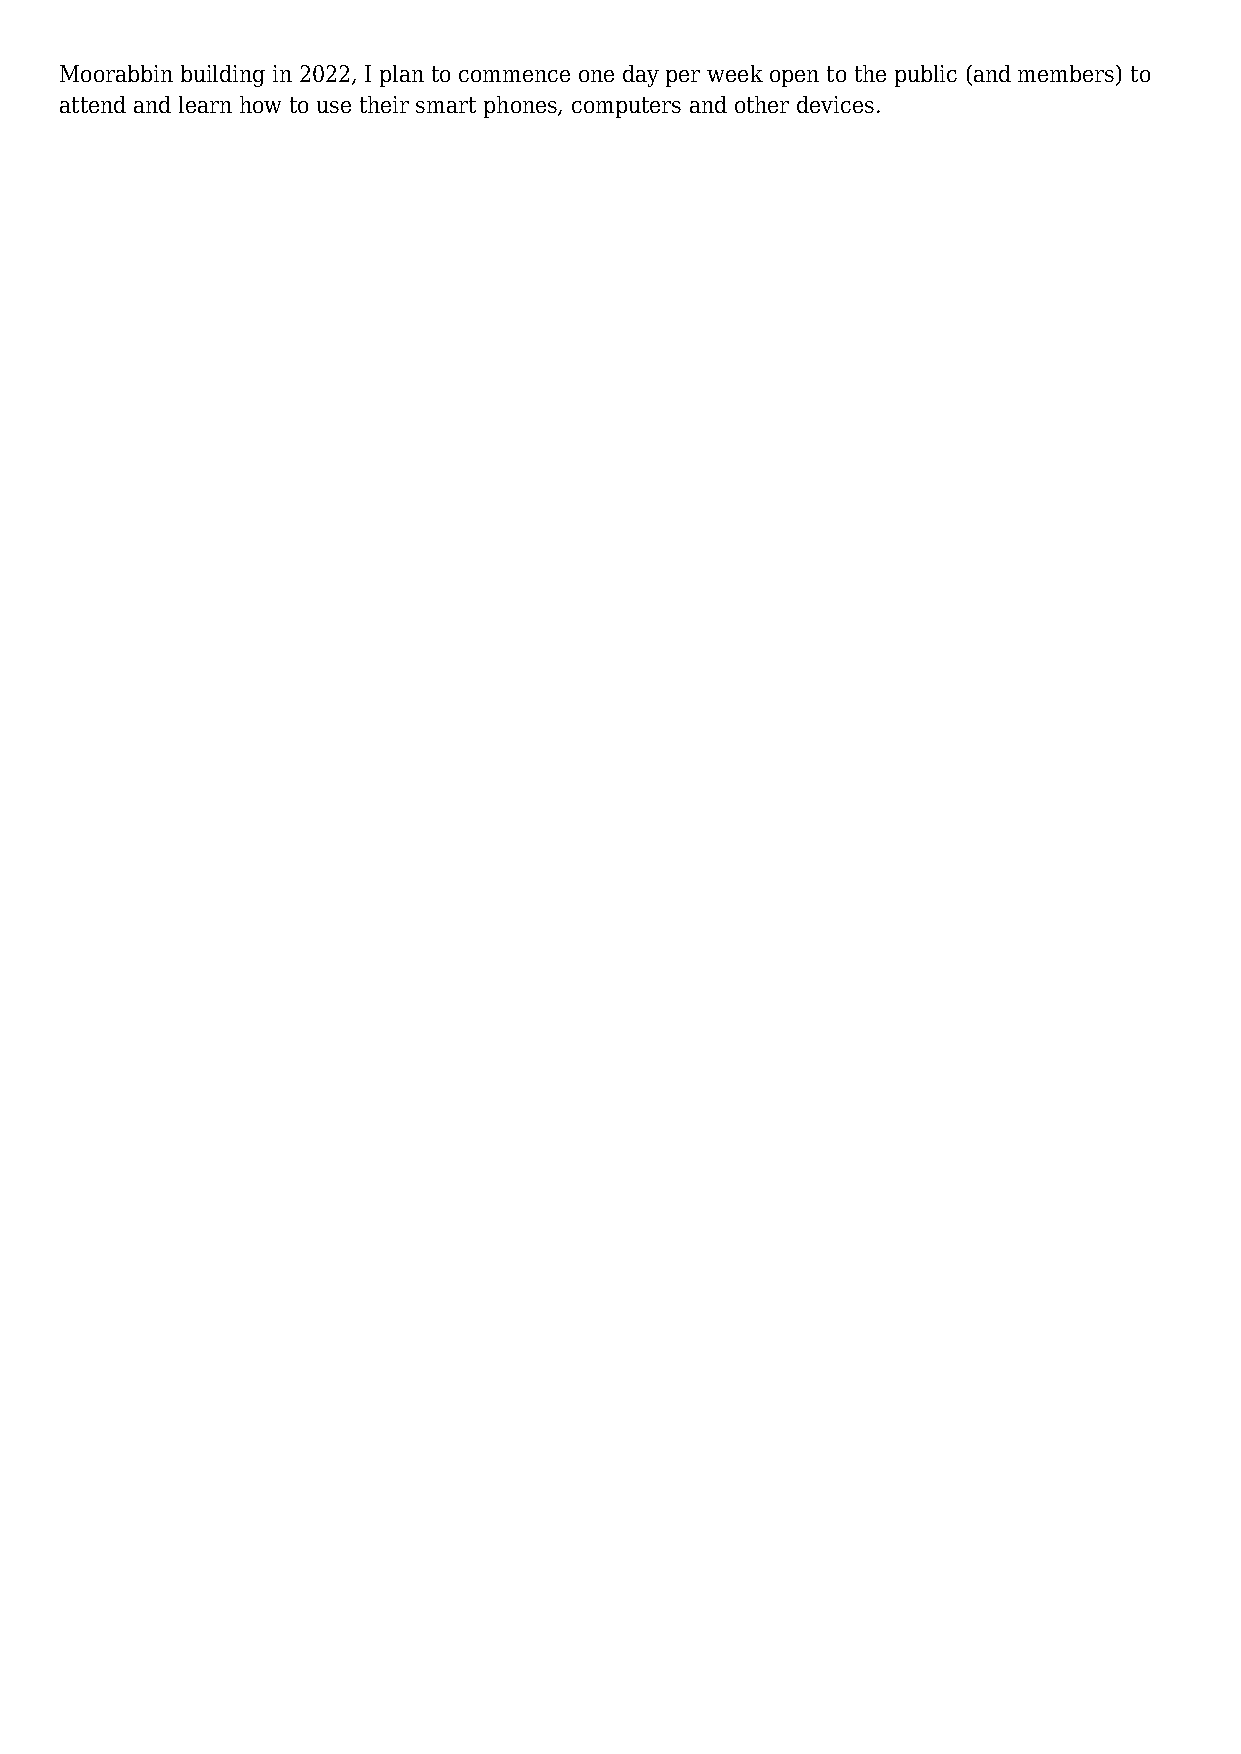
Moorabbin building in 2022, I plan to commence one day per week open to the public (and members) to
 attend and learn how to use their smart phones, computers and other devices.